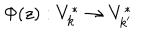
\Phi ( z ) : V _ { k } ^ { * } \rightarrow V _ { k ^ { \prime } } ^ { * }